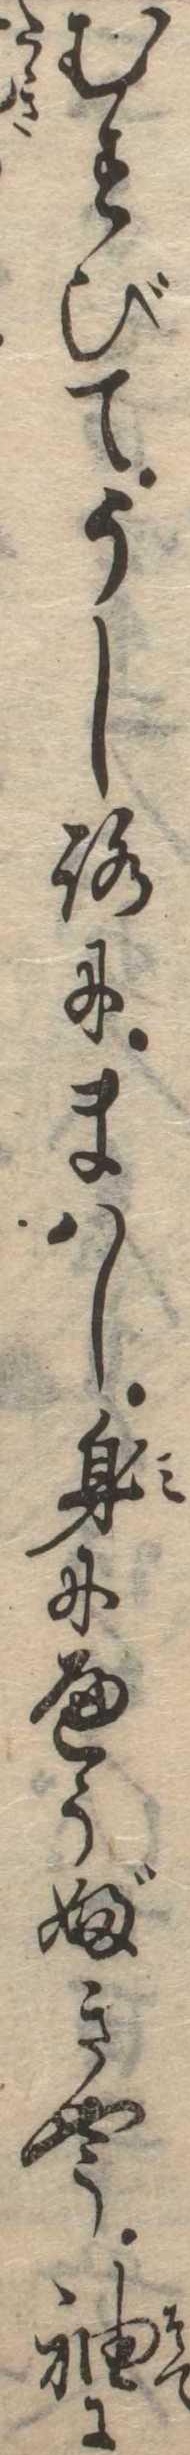
むすびてうしろにまはし身にへうぶきやう袖に